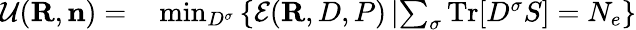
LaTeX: \begin{array}{rl}{{\cal U}({\mathbf R},{\mathbf n})=}&{{}\operatorname*{min}_{D^{\sigma}}\left\{ {\cal E}({\mathbf R},D,P)\left\vert\sum_{\sigma}\mathrm{Tr}[D^{\sigma}S]=N_{e}\right.\right\} }\end{array}